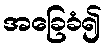
အခြေခံ၍